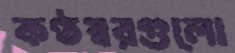
কণ্ঠস্বরগুলো